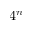
4 ^ { n }